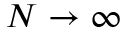
N \rightarrow \infty